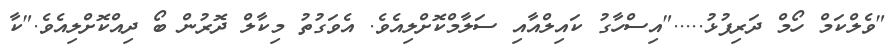
"ވެލްކަމް ހޯމް ދަރިފުޅު....."އިސްހާގު ކައިލްއާއި ސަލާމްކޮށްލިއެވެ. އެވަގުތު މިކާލް ދޮރުން ބޯ ދިއްކޮށްލިއެވެ."ކާ